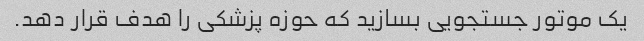
یک موتور جستجویی بسازید که حوزه پزشکی را هدف قرار دهد.